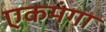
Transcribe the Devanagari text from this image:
एकमंगा